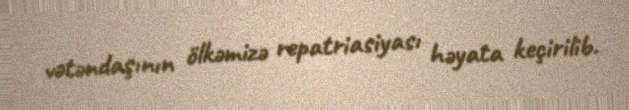
vətəndaşının ölkəmizə repatriasiyası həyata keçirilib.